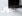
تاون